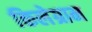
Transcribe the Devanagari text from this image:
किलेग्राम